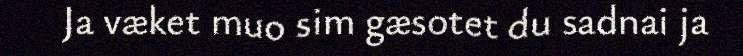
Ja væket muo sim gæsotet du sadnai ja